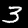
Label: 3